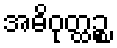
အဓိဝုတ္ထဉ္စ